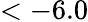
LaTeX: <-6.0